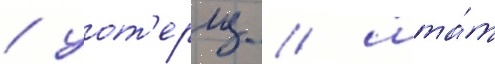
/ уот'ерлу / шта́т